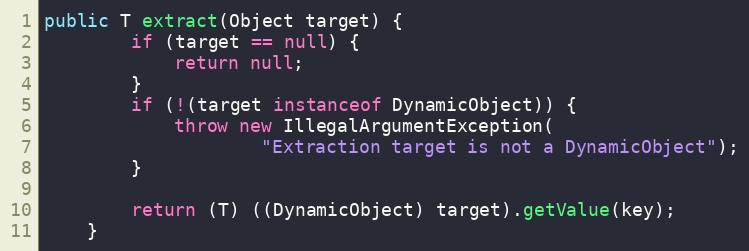
Language: Java
public T extract(Object target) {
        if (target == null) {
            return null;
        }
        if (!(target instanceof DynamicObject)) {
            throw new IllegalArgumentException(
                    "Extraction target is not a DynamicObject");
        }

        return (T) ((DynamicObject) target).getValue(key);
    }